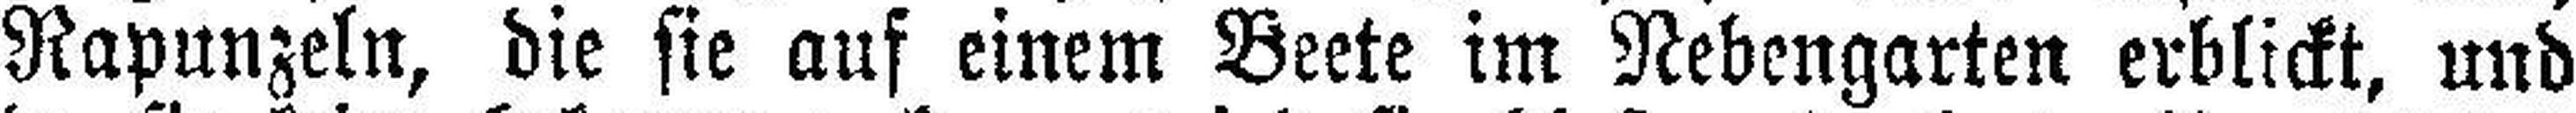
Rapunzeln, die sie auf einem Beete im Nebengarten erblickt, und